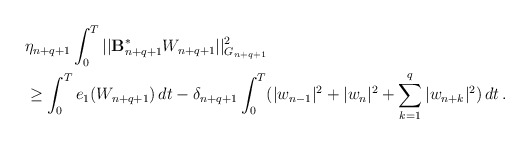
\begin{align*}&\eta_{n+q+1} \int_0^T || \mathcal{\mathbf{B}}_{n+q+1}^{\ast}W_{n+q+1}||_{G_{n+q+1}}^2 \\& \ge\int_0^T e_1(W_{n+q+1})\,dt - \delta_{n+q+1}\int_0^T ( |w_{n-1}|^2 + |w_n|^2 +\sum_{k=1}^q |w_{n+k}|^2)\,dt\,.\end{align*}